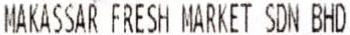
MAKASSAR FRESH MARKET SDN BHD